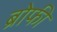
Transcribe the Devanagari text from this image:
ब्रोफी